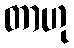
တာဟု